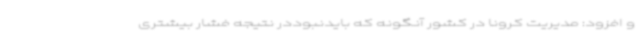
و افزود: مدیریت کرونا در کشور آنگونه که بایدنبوددر نتیجه فشار بیشتری